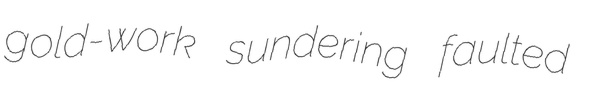
gold-work sundering faulted